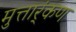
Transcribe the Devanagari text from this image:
मुत्तार्ंकण